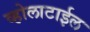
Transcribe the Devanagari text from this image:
व्होलाटाईल